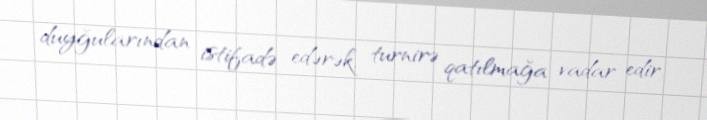
duyğularından istifadə edərək, turnirə qatılmağa vadar edir.